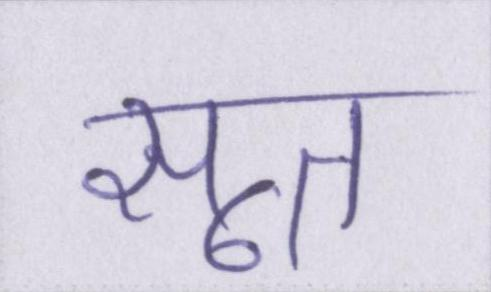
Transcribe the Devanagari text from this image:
सूत